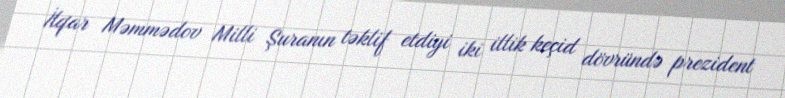
İlqar Məmmədov Milli Şuranın təklif etdiyi iki illik keçid dövründə prezident